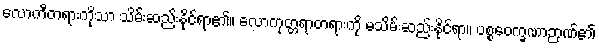
လောကီတရားကိုသာ သိမ်းဆည်းနိုင်ရာ၏။ လောကုတ္တရာတရားကို မသိမ်းဆည်းနိုင်ရာ။ ပစ္စဝေက္ခဏာဉာဏ်၏